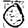
Digit: 0